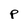
Character: p